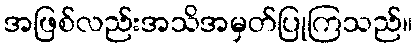
အဖြစ်လည်းအသိအမှတ်ပြုကြသည်။